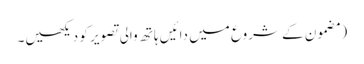
‏ (‏مضمون کے شروع میں دائیں ہاتھ والی تصویر کو دیکھیں۔